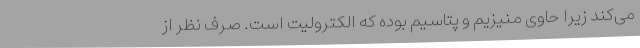
می‌کند زیرا حاوی منیزیم و پتاسیم بوده که الکترولیت است. صرف‌ نظر از